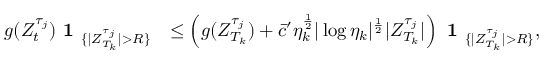
\begin{array} { r l } { g ( Z _ { t } ^ { \tau _ { j } } ) \textbf { 1 } _ { \{ | Z _ { T _ { k } } ^ { \tau _ { j } } | > R \} } } & { \leq \left( g ( Z _ { T _ { k } } ^ { \tau _ { j } } ) + \bar { c } ^ { \prime } \eta _ { k } ^ { \frac { 1 } { 2 } } | \log \eta _ { k } | ^ { \frac { 1 } { 2 } } | Z _ { T _ { k } } ^ { \tau _ { j } } | \right) \textbf { 1 } _ { \{ | Z _ { T _ { k } } ^ { \tau _ { j } } | > R \} } , } \end{array}